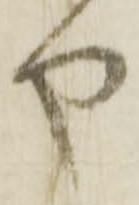
や